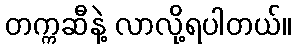
တက္ကဆီနဲ့ လာလို့ရပါတယ်။